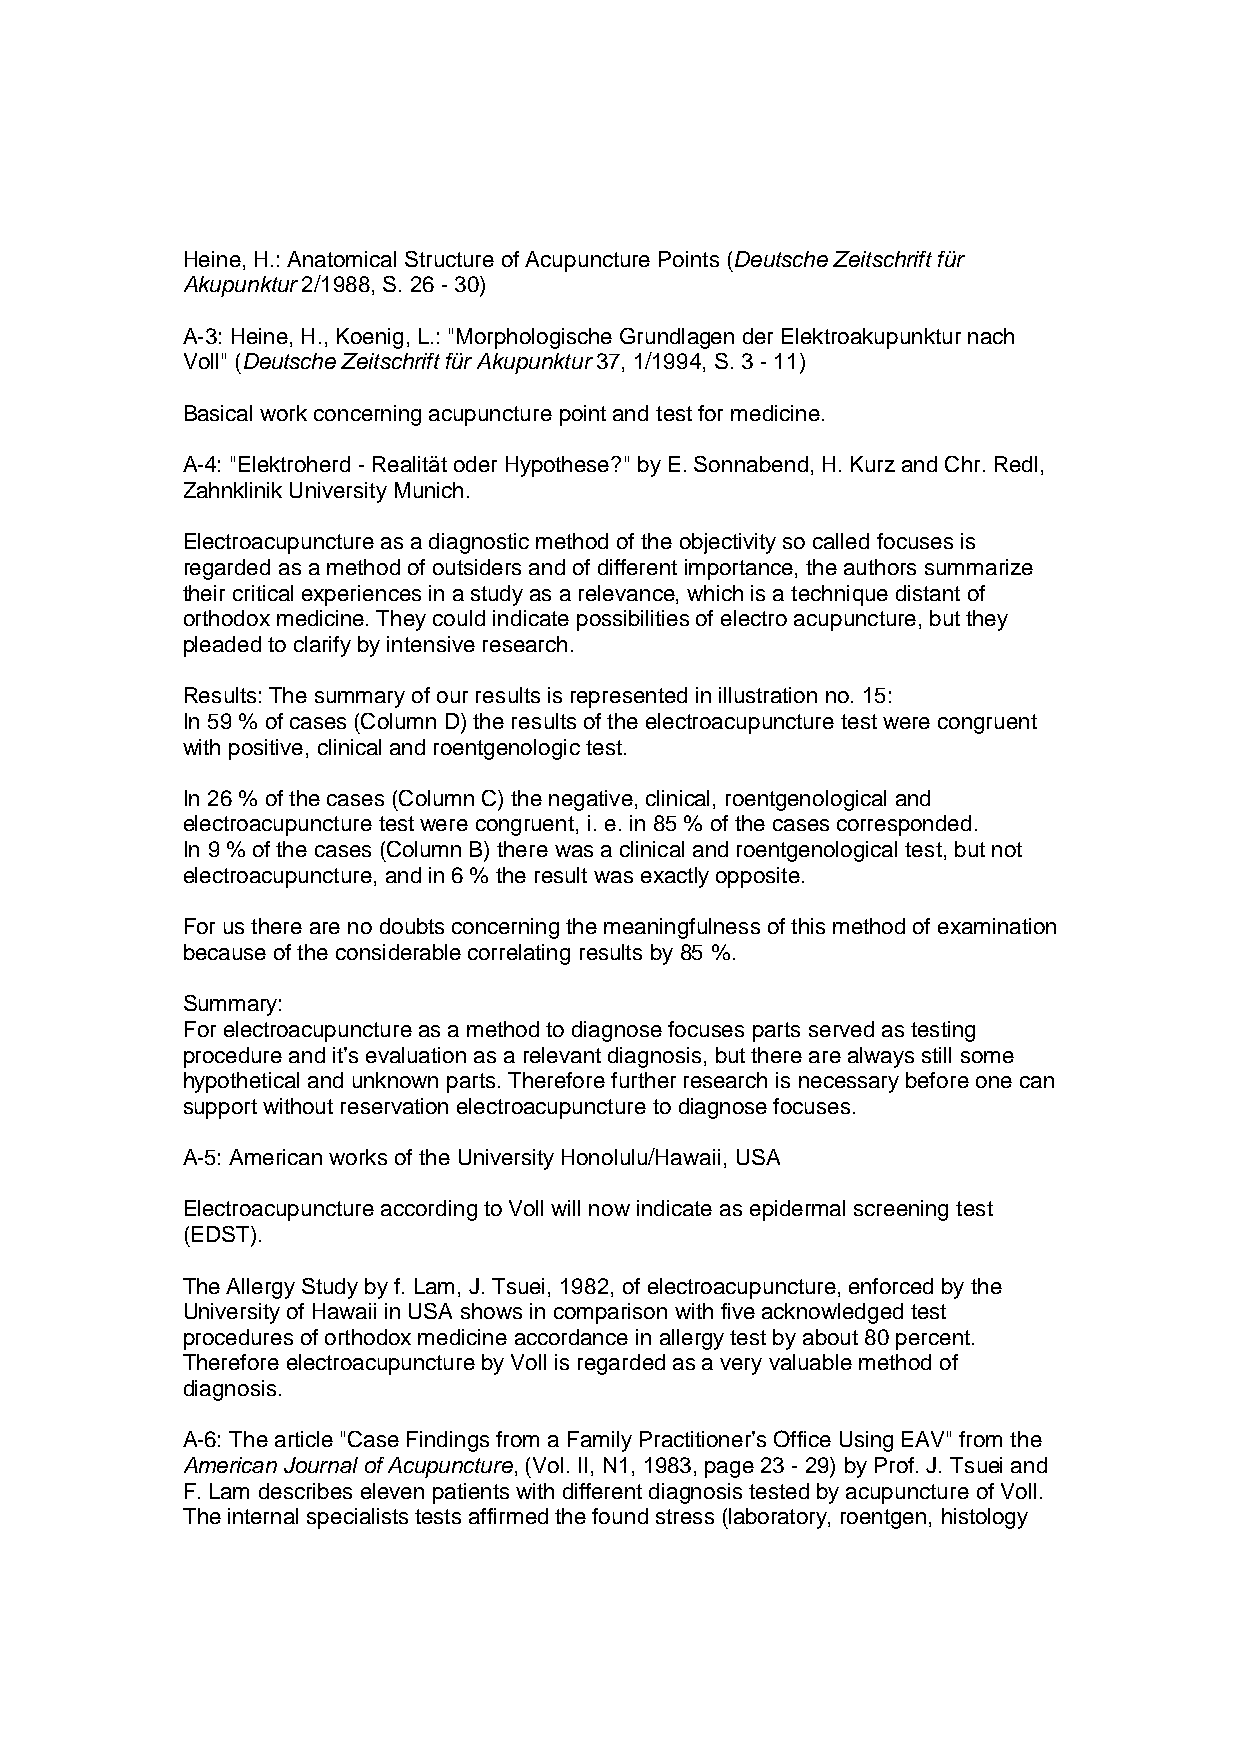
Heine, H.: Anatomical Structure of Acupuncture Points (Deutsche Zeitschrift für
 Akupunktur 2/1988, S. 26 - 30)
 A-3: Heine, H., Koenig, L.: "Morphologische Grundlagen der Elektroakupunktur nach
 Voll" (Deutsche Zeitschrift für Akupunktur 37, 1/1994, S. 3 - 11)
 Basical work concerning acupuncture point and test for medicine.
 A-4: "Elektroherd - Realität oder Hypothese?" by E. Sonnabend, H. Kurz and Chr. Redl,
 Zahnklinik University Munich.
 Electroacupuncture as a diagnostic method of the objectivity so called focuses is
 regarded as a method of outsiders and of different importance, the authors summarize
 their critical experiences in a study as a relevance, which is a technique distant of
 orthodox medicine. They could indicate possibilities of electro acupuncture, but they
 pleaded to clarify by intensive research.
 Results: The summary of our results is represented in illustration no. 15:
 In 59 % of cases (Column D) the results of the electroacupuncture test were congruent
 with positive, clinical and roentgenologic test.
 In 26 % of the cases (Column C) the negative, clinical, roentgenological and
 electroacupuncture test were congruent, i. e. in 85 % of the cases corresponded.
 In 9 % of the cases (Column B) there was a clinical and roentgenological test, but not
 electroacupuncture, and in 6 % the result was exactly opposite.
 For us there are no doubts concerning the meaningfulness of this method of examination
 because of the considerable correlating results by 85 %.
 Summary:
 For electroacupuncture as a method to diagnose focuses parts served as testing
 procedure and it’s evaluation as a relevant diagnosis, but there are always still some
 hypothetical and unknown parts. Therefore further research is necessary before one can
 support without reservation electroacupuncture to diagnose focuses.
 A-5: American works of the University Honolulu/Hawaii, USA
 Electroacupuncture according to Voll will now indicate as epidermal screening test
 (EDST).
 The Allergy Study by f. Lam, J. Tsuei, 1982, of electroacupuncture, enforced by the
 University of Hawaii in USA shows in comparison with five acknowledged test
 procedures of orthodox medicine accordance in allergy test by about 80 percent.
 Therefore electroacupuncture by Voll is regarded as a very valuable method of
 diagnosis.
 A-6: The article "Case Findings from a Family Practitioner’s Office Using EAV" from the
 American Journal of Acupuncture, (Vol. II, N1, 1983, page 23 - 29) by Prof. J. Tsuei and
 F. Lam describes eleven patients with different diagnosis tested by acupuncture of Voll.
 The internal specialists tests affirmed the found stress (laboratory, roentgen, histology